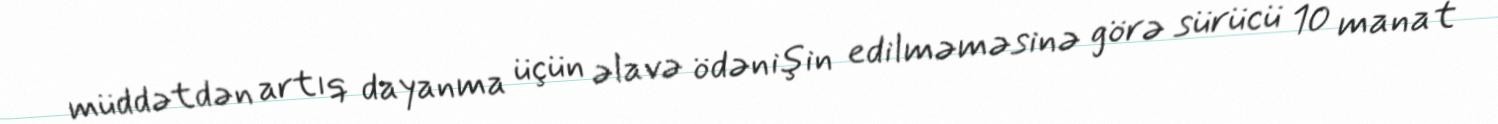
müddətdən artıq dayanma üçün əlavə ödənişin edilməməsinə görə sürücü 10 manat